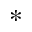
^ { * }